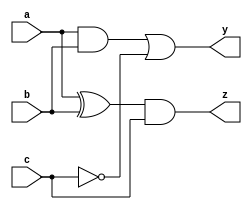
module combinational_circuit (
    input wire a,
    input wire b,
    input wire c,
    output reg y,
    output reg z
);

// Task to define the behavior of the combinational circuit
task evaluate;
    begin
        // Combinational logic using blocking assignments
        // Example logic for outputs y and z
        y = (a & b) | (~c); // Example logic for output y
        z = (a ^ b) & c;    // Example logic for output z
    end
endtask

// Always block to update outputs on input changes
always @(*) begin
    // Initialize outputs to avoid unknown states
    y = 1'b0; // Optional: Initialize y
    z = 1'b0; // Optional: Initialize z

    // Call the task to evaluate outputs
    evaluate();
end

endmodule